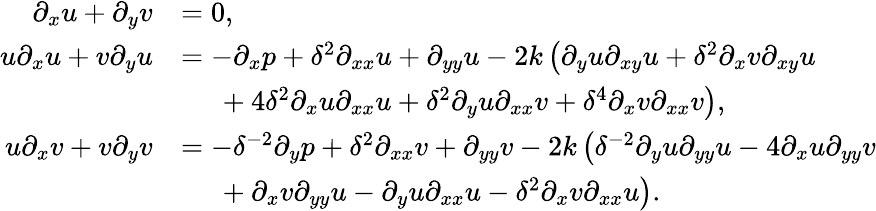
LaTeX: \begin{array}{rl}{\partial_{x}u+\partial_{y}v}&{=0,}\\ {u\partial_{x}u+v\partial_{y}u}&{=-\partial_{x}p+\delta^{2}\partial_{xx}u+\partial_{yy}u-2k\left(\partial_{y}u\partial_{xy}u+\delta^{2}\partial_{x}v\partial_{xy}u\right.}\\ &{\quad\left.~+4\delta^{2}\partial_{x}u\partial_{xx}u+\delta^{2}\partial_{y}u\partial_{xx}v+\delta^{4}\partial_{x}v\partial_{xx}v\right),}\\ {u\partial_{x}v+v\partial_{y}v}&{=-\delta^{-2}\partial_{y}p+\delta^{2}\partial_{xx}v+\partial_{yy}v-2k\left(\delta^{-2}\partial_{y}u\partial_{yy}u-4\partial_{x}u\partial_{yy}v\right.}\\ &{\quad\left.~+\partial_{x}v\partial_{yy}u-\partial_{y}u\partial_{xx}u-\delta^{2}\partial_{x}v\partial_{xx}u\right).}\end{array}